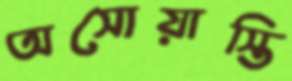
অসোয়াস্তি